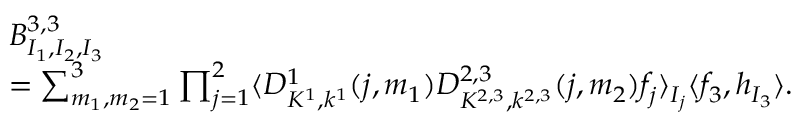
\begin{array} { r l } & { B _ { I _ { 1 } , I _ { 2 } , I _ { 3 } } ^ { 3 , 3 } } \\ & { = \sum _ { m _ { 1 } , m _ { 2 } = 1 } ^ { 3 } \prod _ { j = 1 } ^ { 2 } \langle D _ { K ^ { 1 } , k ^ { 1 } } ^ { 1 } ( j , m _ { 1 } ) D _ { K ^ { 2 , 3 } , k ^ { 2 , 3 } } ^ { 2 , 3 } ( j , m _ { 2 } ) f _ { j } \rangle _ { I _ { j } } \langle f _ { 3 } , h _ { I _ { 3 } } \rangle . } \end{array}